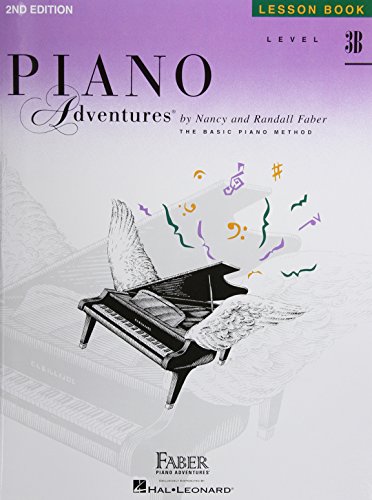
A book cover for Level 3B - Lesson Book: Piano Adventures; Humor & Entertainment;